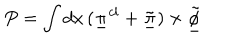
LaTeX: P = \int d x \, ( \underline { { { \pi } } } ^ { c l } + \underline { { { \tilde { \pi } } } } ) \times \underline { { { \tilde { \phi } } } }